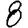
Digit: 8